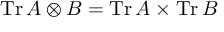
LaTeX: \operatorname { T r } A \otimes B = \operatorname { T r } A \times \operatorname { T r } B